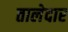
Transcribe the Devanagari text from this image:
तालेदार